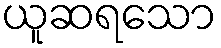
ယူဆရသော